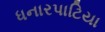
ધનારપાટિયા